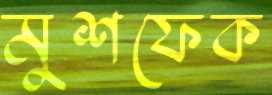
মুশফেক